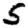
Digit: 5